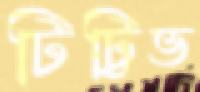
টিট্টিভ